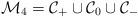
LaTeX: \begin{align*}{\cal M}_4 = {\cal C}_+\cup {\cal C}_0 \cup {\cal C}_-\end{align*}